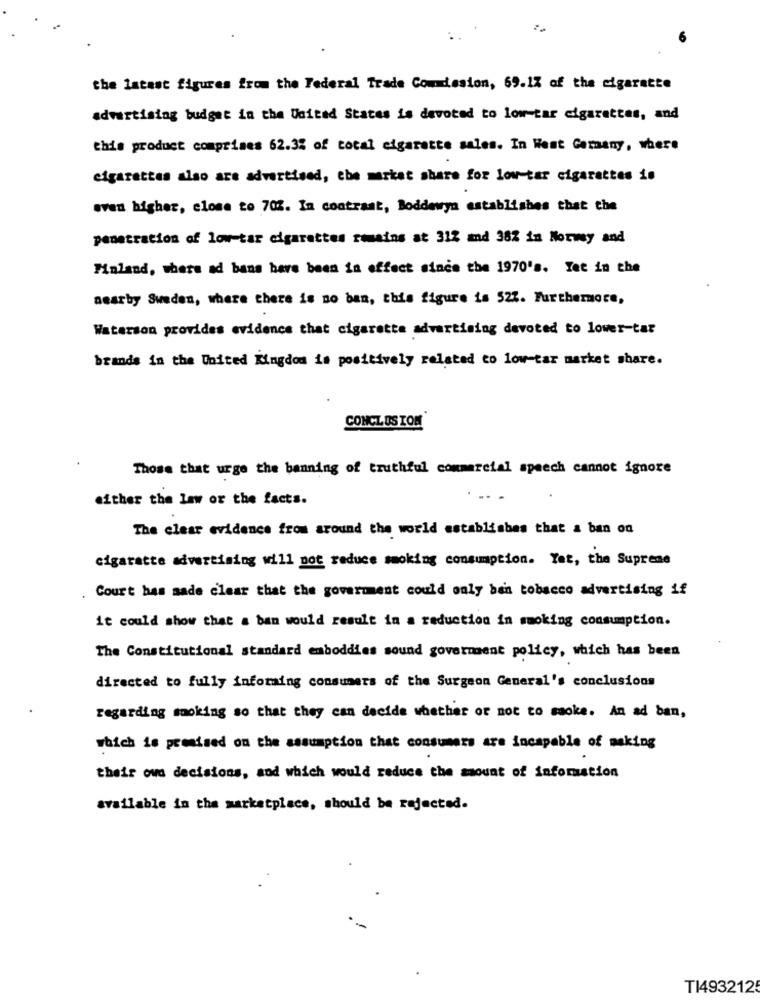
the latest figures from the Federal Trade Commission, 69.1% of the cigarette
advertising budget in the United States is devoted to low-tar cigarettes, and
this product comprises 62.3% of total cigarette sales. In West Germany, where
cigarettes also are advertised, the market share for low-tar cigarettes is
even higher, close to 702. In contrast, Boddewyn establishes that the
penetration of low-tar cigarettes remains at 312 and 382 in Norway and
Finland, where ad bans have been in effect since the 1970's. Yet in the
nearby Sweden, where there is no ban, this figure is 527. Furthermore,
Waterson provides evidence that cigarette advertising devoted to lower-tar
brands in the United Kingdom is positively related to low-tar market share.
CONCLUS TOM
Those that urge the banning of truthful commercial speech cannot ignore
either the law or the facts.
The clear evidence from around the world establishes that a ban on
cigarette advertising will not reduce smoking consumption. Yet, the Supreme
Court has made clear that the goverment could only ben tobacco advertising if
it could show that a ban would result in a reduction in smoking consumption.
The Constitutional standard emboddies sound goverment policy, which has been
directed to fully informing consumers of the Surgeon General's conclusions
regarding moking so that they can decide whether or not to saoke. An ad ban,
which is promised on the assumption that consumers are incapable of making
their own decisions, and which would reduce the mount of information
available in the marketplace, should be rejected.
T14932125